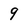
Character: 9